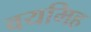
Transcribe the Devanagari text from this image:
वयमिह